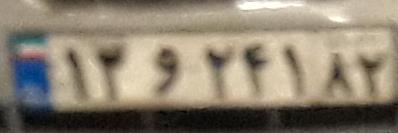
۱۳و۲۴۱۸۲